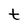
Character: t